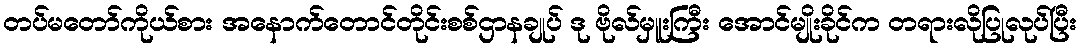
တပ်မတော်ကိုယ်စား အနောက်တောင်တိုင်းစစ်ဌာနချုပ် ဒု ဗိုလ်မှူးကြီး အောင်မျိုးခိုင်က တရားလိုပြုလုပ်ပြီး